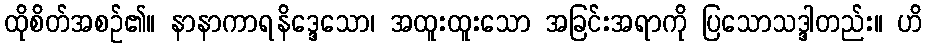
ထိုစိတ်အစဉ်၏။ နာနာကာရနိဒ္ဒေသော၊ အထူးထူးသော အခြင်းအရာကို ပြသောသဒ္ဒါတည်း။ ဟိ